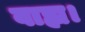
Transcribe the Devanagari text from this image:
वाह्य।